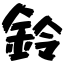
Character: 鈴